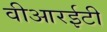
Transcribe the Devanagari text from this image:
वीआरईटी